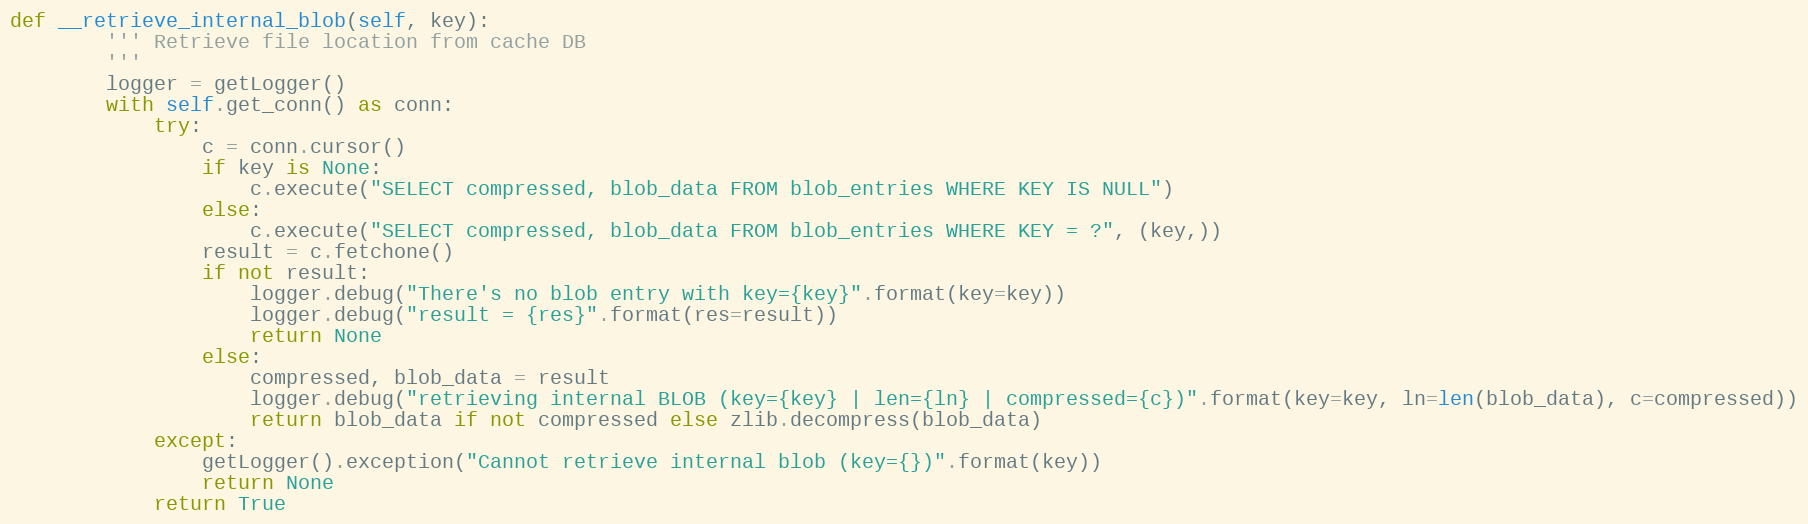
Language: Python
def __retrieve_internal_blob(self, key):
        ''' Retrieve file location from cache DB
        '''
        logger = getLogger()
        with self.get_conn() as conn:
            try:
                c = conn.cursor()
                if key is None:
                    c.execute("SELECT compressed, blob_data FROM blob_entries WHERE KEY IS NULL")
                else:
                    c.execute("SELECT compressed, blob_data FROM blob_entries WHERE KEY = ?", (key,))
                result = c.fetchone()
                if not result:
                    logger.debug("There's no blob entry with key={key}".format(key=key))
                    logger.debug("result = {res}".format(res=result))
                    return None
                else:
                    compressed, blob_data = result
                    logger.debug("retrieving internal BLOB (key={key} | len={ln} | compressed={c})".format(key=key, ln=len(blob_data), c=compressed))
                    return blob_data if not compressed else zlib.decompress(blob_data)
            except:
                getLogger().exception("Cannot retrieve internal blob (key={})".format(key))
                return None
            return True